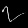
Digit: ၇